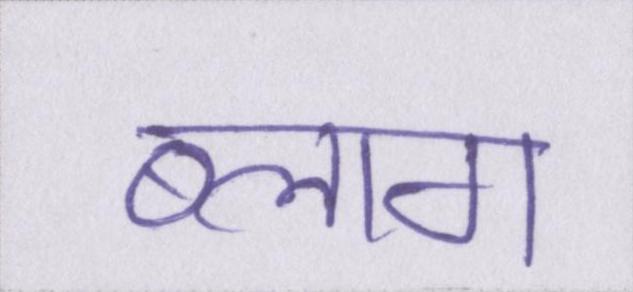
ब्लाग